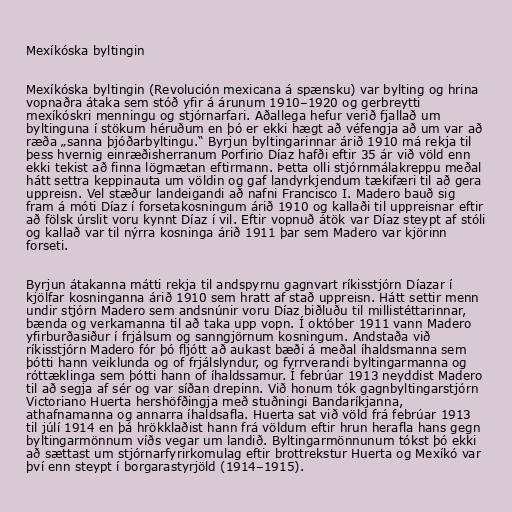
Mexíkóska byltingin

Mexíkóska byltingin (Revolución mexicana á spænsku) var bylting og hrina
vopnaðra átaka sem stóð yfir á árunum 1910–1920 og gerbreytti
mexíkóskri menningu og stjórnarfari. Aðallega hefur verið fjallað um
byltinguna í stökum héruðum en þó er ekki hægt að véfengja að um var að
ræða „sanna þjóðarbyltingu.“ Byrjun byltingarinnar árið 1910 má rekja til
þess hvernig einræðisherranum Porfirio Díaz hafði eftir 35 ár við völd enn
ekki tekist að finna lögmætan eftirmann. Þetta olli stjórnmálakreppu meðal
hátt settra keppinauta um völdin og gaf landyrkjendum tækifæri til að gera
uppreisn. Vel stæður landeigandi að nafni Francisco I. Madero bauð sig
fram á móti Díaz í forsetakosningum árið 1910 og kallaði til uppreisnar eftir
að fölsk úrslit voru kynnt Díaz í vil. Eftir vopnuð átök var Díaz steypt af stóli
og kallað var til nýrra kosninga árið 1911 þar sem Madero var kjörinn
forseti.

Byrjun átakanna mátti rekja til andspyrnu gagnvart ríkisstjórn Díazar í
kjölfar kosninganna árið 1910 sem hratt af stað uppreisn. Hátt settir menn
undir stjórn Madero sem andsnúnir voru Díaz biðluðu til millistéttarinnar,
bænda og verkamanna til að taka upp vopn. Í október 1911 vann Madero
yfirburðasiður í frjálsum og sanngjörnum kosningum. Andstaða við
ríkisstjórn Madero fór þó fljótt að aukast bæði á meðal íhaldsmanna sem
þótti hann veiklunda og of frjálslyndur, og fyrrverandi byltingarmanna og
róttæklinga sem þótti hann of íhaldssamur. Í febrúar 1913 neyddist Madero
til að segja af sér og var síðan drepinn. Við honum tók gagnbyltingarstjórn
Victoriano Huerta hershöfðingja með stuðningi Bandaríkjanna,
athafnamanna og annarra íhaldsafla. Huerta sat við völd frá febrúar 1913
til júlí 1914 en þá hrökklaðist hann frá völdum eftir hrun herafla hans gegn
byltingarmönnum víðs vegar um landið. Byltingarmönnunum tókst þó ekki
að sættast um stjórnarfyrirkomulag eftir brottrekstur Huerta og Mexíkó var
því enn steypt í borgarastyrjöld (1914–1915).